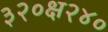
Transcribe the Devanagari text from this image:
३२०क्ष२४०